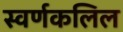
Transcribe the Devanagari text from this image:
स्वर्णकलिल